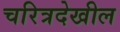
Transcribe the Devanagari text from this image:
चरित्रदेखील